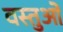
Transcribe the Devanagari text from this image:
वस्तुओें